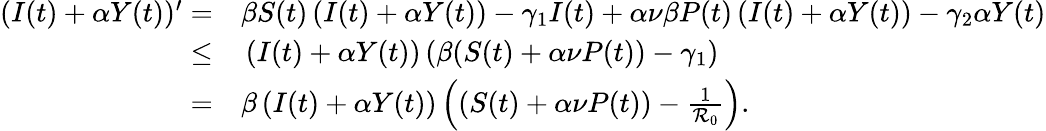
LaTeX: \begin{array}{rl}{(I(t)+\alpha Y(t))^{\prime}=}&{{}\beta S(t)\left(I(t)+\alpha Y(t)\right)-\gamma_{1}I(t)+\alpha\nu\beta P(t)\left(I(t)+\alpha Y(t)\right)-\gamma_{2}\alpha Y(t)}\\ {\leq}&{{}\left(I(t)+\alpha Y(t)\right)\left(\beta(S(t)+\alpha\nu P(t))-\gamma_{1}\right)}\\ {=}&{{}\beta\left(I(t)+\alpha Y(t)\right)\left((S(t)+\alpha\nu P(t))-\frac{1}{\mathcal{R}_{0}}\right).}\end{array}